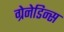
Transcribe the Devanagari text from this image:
ग्रेनेडिन्स